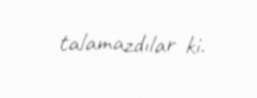
talamazdılar ki.